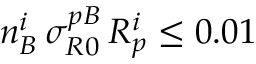
n _ { B } ^ { i } \, \sigma _ { R 0 } ^ { p B } \, { \cal R } _ { p } ^ { i } \le 0 . 0 1